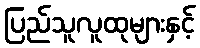
ပြည်သူလူထုများနှင့်